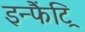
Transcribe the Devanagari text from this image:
इन्फैंट्रि